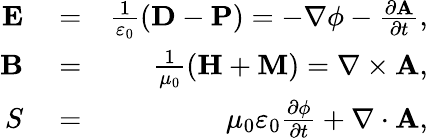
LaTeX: \begin{array}{rlr}{\mathbf{E}}&{{}=}&{\frac{1}{\varepsilon_{0}}\left(\mathbf{D}-\mathbf{P}\right)=-\nabla\phi-\frac{\partial\mathbf{A}}{\partial t},}\\ {\mathbf{B}}&{{}=}&{\frac{1}{\mu_{0}}\left(\mathbf{H}+\mathbf{M}\right)=\nabla\times\mathbf{A},}\\ {S}&{{}=}&{\mu_{0}\varepsilon_{0}\frac{\partial\phi}{\partial t}+\nabla\cdot\mathbf{A},}\end{array}